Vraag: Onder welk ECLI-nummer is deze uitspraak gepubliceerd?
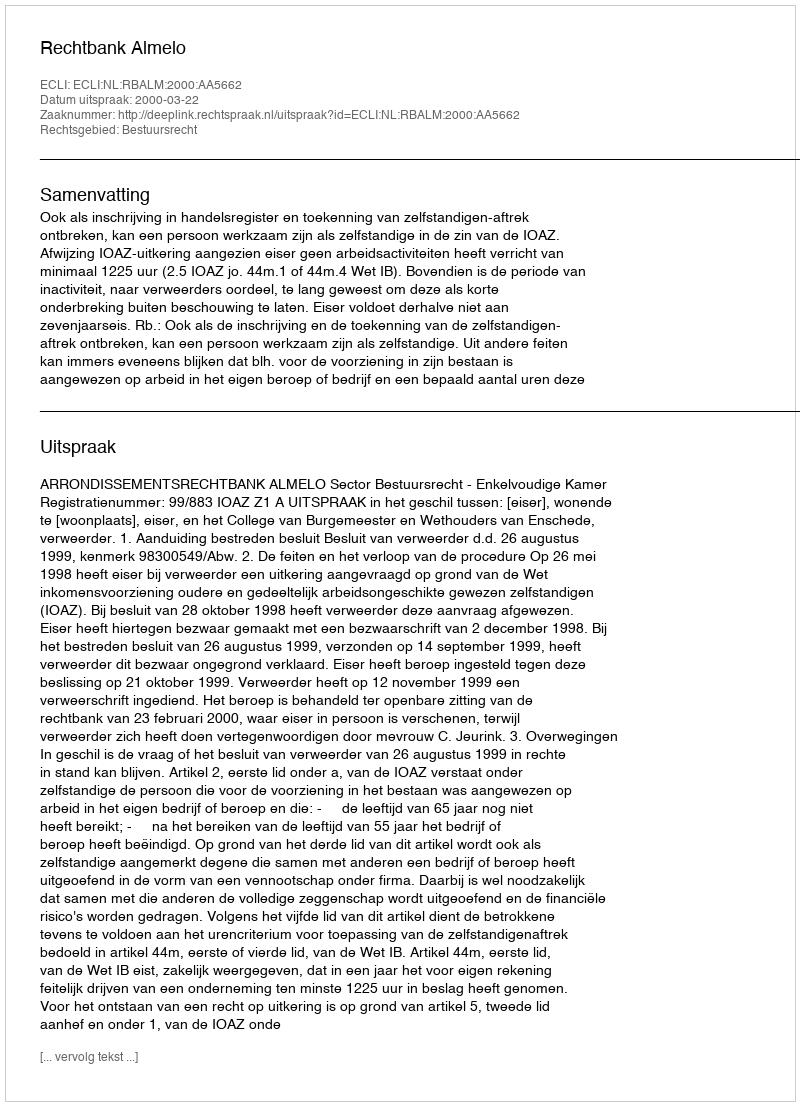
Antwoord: ECLI:NL:RBALM:2000:AA5662